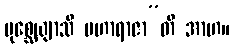
ပုစ္ဆေယျာသိ မဟာရာဇာ”တိ အာဟ။